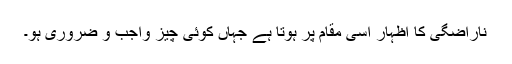
ناراضگی کا اظہار اسی مقام پر ہوتا ہے جہاں کوئی چیز واجب و ضروری ہو۔